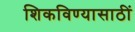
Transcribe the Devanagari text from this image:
शिकविण्यासाठीं